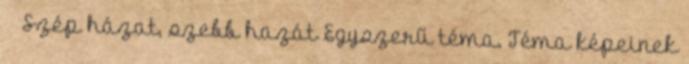
🐰🐣 Szép házat, szebb hazát Egyszerű téma. Téma képeinek